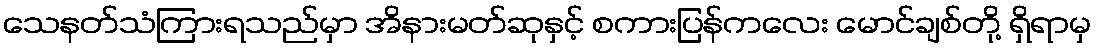
သေနတ်သံကြားရသည်မှာ အိနားမတ်ဆုနှင့် စကားပြန်ကလေး မောင်ချစ်တို့ ရှိရာမှ